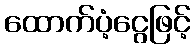
ထောက်ပံ့ငွေဖြင့်